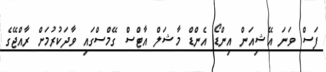
ފަސް ވަނަ އޭޝިއަން އިންޑޯ އެންޑް މާޝަލް އާޓްސް ގޭމްސްގައި ވާދަކުރުމަށް ރާއްޖޭގެ